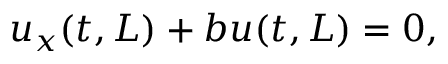
u _ { x } ( t , L ) + b u ( t , L ) = 0 ,